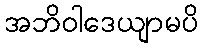
အဘိဝါဒေယျာမပိ